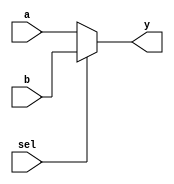
module mux2to1 (
    input wire a,        // Input signal a
    input wire b,        // Input signal b
    input wire sel,      // Select signal
    output reg y         // Output signal
);

// Combinational logic using an always block
always @(*) begin
    // Continuous assignment using blocking assignment
    if (sel) begin
        y = b;          // If sel is high, output b
    end else begin
        y = a;          // If sel is low, output a
    end
end

endmodule